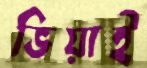
ভিয়াই